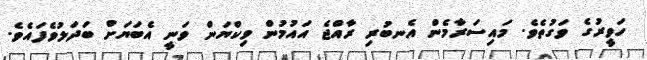
ހަވީރުގެ ވަގުތެވެ. މައިސަރާމެން އެނބުރި ރާއްޖެ އައުމުން ވިކްޔަން ވަނީ އެބަޔަށް ބަދަލުވެފައެވެ.